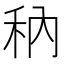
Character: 䄲